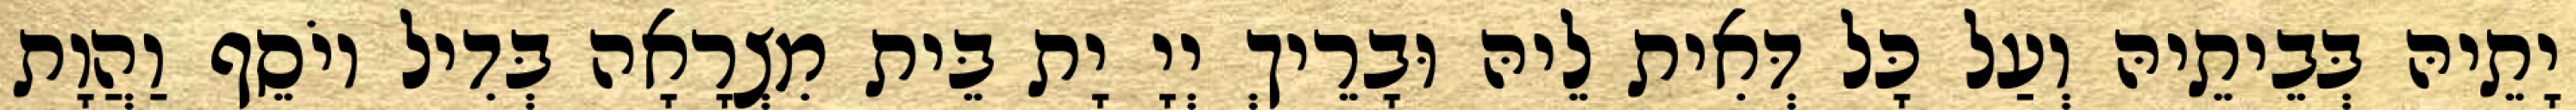
יָתֵיהּ בְּבֵיתֵיהּ וְעַל כָּל דְּאִית לֵיהּ וּבָרֵיךְ יְיָ יָת בֵּית מִצְרָאָה בְּדִיל יוֹסֵף וַהֲוָת